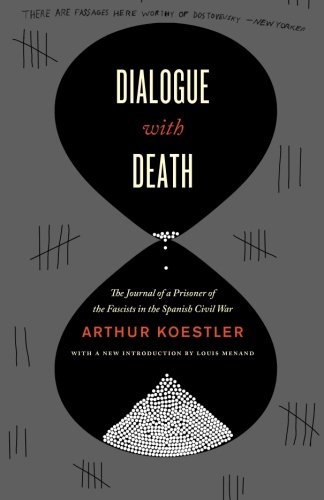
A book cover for Dialogue with Death: The Journal of a Prisoner of the Fascists in the Spanish Civil War; Arthur Koestler; History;